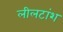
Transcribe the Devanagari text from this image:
लीलटांश